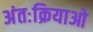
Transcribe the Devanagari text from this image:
अंतःक्रियाओ